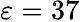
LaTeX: \varepsilon=37